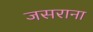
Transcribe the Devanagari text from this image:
जसराना